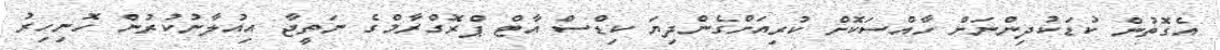
އެގޮތުން ކުޑަކުދިންނަށް ހާއްސަކޮށް ކުރިއަށްގެންދިޔަ ކިޑްސް އާޓް ޕްރޮގްރާމްގެ ނަތީޖާ އިއުލާނުކުރުން ހޮނިހިރު